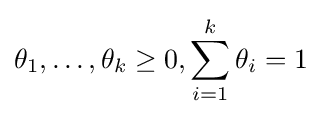
\theta _{1},\ldots ,\theta _{k}\geq 0,\sum _{i=1}^{k}\theta _{i}=1